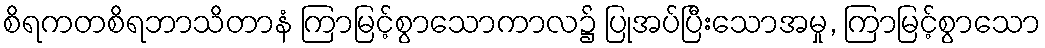
စိရကတစိရဘာသိတာနံ ကြာမြင့်စွာသောကာလ၌ ပြုအပ်ပြီးသောအမှု, ကြာမြင့်စွာသော